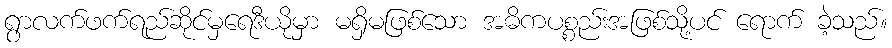
ရွာလက်ဖက်ရည်ဆိုင်မှရေဒီယိုမှာ မရှိမဖြစ်သော အဓိကပစ္စည်းအဖြစ်သို့ပင် ရောက် ခဲ့သည်။